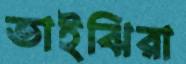
ভাইঝিরা